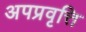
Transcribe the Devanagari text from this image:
अपप्रवृत्ति